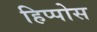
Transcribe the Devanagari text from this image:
हिप्पोस